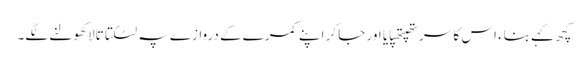
کچھ کہے بناء اس کا سر تھپتھپایا اور جا کر اپنے کمرے کے دروازے پہ لٹکتا تالا کھولنے لگے۔